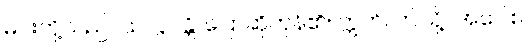
မင်းတို့သည်။ သလ္လပန္တိ၊ ပြောဆိုကုန်၏။ ဣတိ၊ ဤသို့။ အဝေါစ၊